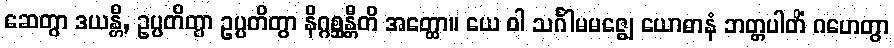
ဆေတွာ ဒယန္တိ, ဥပ္ပတိတွာ ဥပ္ပတိတွာ နိဂ္ဂစ္ဆန္တီတိ အတ္ထော။ ယေ ဝါ သင်္ဂါမမဇ္ဈေ ယောဓာနံ ဘတ္တပါတိံ ဂဟေတွာ